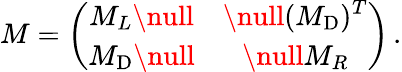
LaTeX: M=\left(\begin{array}{cc}{{\displaystyle M_{L}\null}}&{{\null\displaystyle(M_{\mathrm{D}})^{T}}}\\ {{\displaystyle M_{\mathrm{D}}\null}}&{{\null\displaystyle M_{R}}}\end{array}\right)\, .